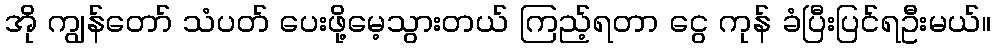
အို ကျွန်တော် သံပတ် ပေးဖို့မေ့သွားတယ် ကြည့်ရတာ ငွေ ကုန် ခံပြီးပြင်ရဦးမယ်။